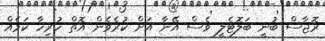
ރޮޖާސް ބުނީ ބަލޮޓެލީ ވެސް އޭނާ އަށް ކުރެވެން އޮތް ހުރިހާ ކަމެއް